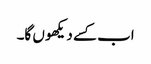
اب کسے دیکھو ں گا۔